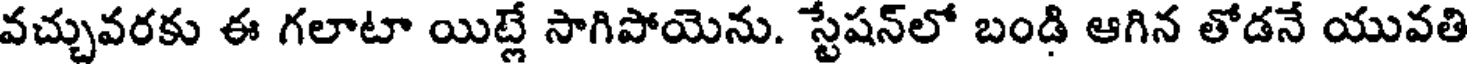
వచ్చువరకు ఈ గలాటా యిట్లే సాగిపోయెను. స్టేషన్లో బండి ఆగిన తోడనే యువతి